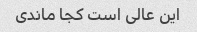
این عالی است کجا ماندی